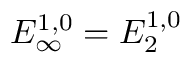
E _ { \infty } ^ { 1 , 0 } = E _ { 2 } ^ { 1 , 0 }